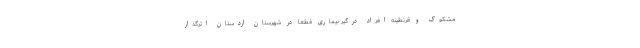
مشکوک و قرنطینه افراد درگیر بیماری قطعا در شهرستان اردستان اثرگذار